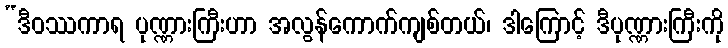
“ဒီဝဿကာရ ပုဏ္ဏားကြီးဟာ အလွန်ကောက်ကျစ်တယ်၊ ဒါကြောင့် ဒီပုဏ္ဏားကြီးကို